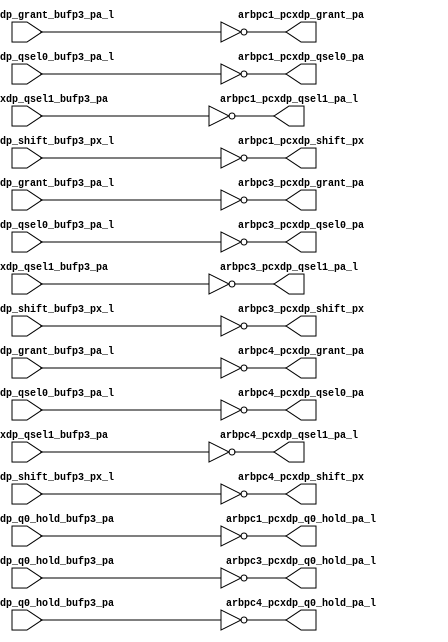
module pcx_buf_pdr_odd(/*AUTOARG*/
   // Outputs
   arbpc1_pcxdp_grant_pa, arbpc1_pcxdp_q0_hold_pa_l, 
   arbpc1_pcxdp_qsel0_pa, arbpc1_pcxdp_qsel1_pa_l, 
   arbpc1_pcxdp_shift_px, arbpc3_pcxdp_grant_pa, 
   arbpc3_pcxdp_q0_hold_pa_l, arbpc3_pcxdp_qsel0_pa, 
   arbpc3_pcxdp_qsel1_pa_l, arbpc3_pcxdp_shift_px, 
   arbpc4_pcxdp_grant_pa, arbpc4_pcxdp_q0_hold_pa_l, 
   arbpc4_pcxdp_qsel0_pa, arbpc4_pcxdp_qsel1_pa_l, 
   arbpc4_pcxdp_shift_px, 
   // Inputs
   arbpc1_pcxdp_grant_bufp3_pa_l, arbpc1_pcxdp_q0_hold_bufp3_pa, 
   arbpc1_pcxdp_qsel0_bufp3_pa_l, arbpc1_pcxdp_qsel1_bufp3_pa, 
   arbpc1_pcxdp_shift_bufp3_px_l, arbpc3_pcxdp_grant_bufp3_pa_l, 
   arbpc3_pcxdp_q0_hold_bufp3_pa, arbpc3_pcxdp_qsel0_bufp3_pa_l, 
   arbpc3_pcxdp_qsel1_bufp3_pa, arbpc3_pcxdp_shift_bufp3_px_l, 
   arbpc4_pcxdp_grant_bufp3_pa_l, arbpc4_pcxdp_q0_hold_bufp3_pa, 
   arbpc4_pcxdp_qsel0_bufp3_pa_l, arbpc4_pcxdp_qsel1_bufp3_pa, 
   arbpc4_pcxdp_shift_bufp3_px_l
   );

   
   output 		arbpc1_pcxdp_grant_pa		;	
   output 		arbpc1_pcxdp_q0_hold_pa_l		;
   output 		arbpc1_pcxdp_qsel0_pa		;	
   output 		arbpc1_pcxdp_qsel1_pa_l		;	
   output 		arbpc1_pcxdp_shift_px		;	

   output 		arbpc3_pcxdp_grant_pa		;	
   output 		arbpc3_pcxdp_q0_hold_pa_l		;
   output 		arbpc3_pcxdp_qsel0_pa		;	
   output 		arbpc3_pcxdp_qsel1_pa_l		;	
   output 		arbpc3_pcxdp_shift_px		;	

   output 		arbpc4_pcxdp_grant_pa		;	
   output 		arbpc4_pcxdp_q0_hold_pa_l		;
   output 		arbpc4_pcxdp_qsel0_pa		;	
   output 		arbpc4_pcxdp_qsel1_pa_l		;	
   output 		arbpc4_pcxdp_shift_px		;	



   input 		arbpc1_pcxdp_grant_bufp3_pa_l;	
   input 		arbpc1_pcxdp_q0_hold_bufp3_pa;
   input 		arbpc1_pcxdp_qsel0_bufp3_pa_l;	
   input 		arbpc1_pcxdp_qsel1_bufp3_pa;	
   input 		arbpc1_pcxdp_shift_bufp3_px_l;	

   input 		arbpc3_pcxdp_grant_bufp3_pa_l;	
   input 		arbpc3_pcxdp_q0_hold_bufp3_pa;
   input 		arbpc3_pcxdp_qsel0_bufp3_pa_l;	
   input 		arbpc3_pcxdp_qsel1_bufp3_pa;	
   input 		arbpc3_pcxdp_shift_bufp3_px_l;	

   input 		arbpc4_pcxdp_grant_bufp3_pa_l;	
   input 		arbpc4_pcxdp_q0_hold_bufp3_pa;
   input 		arbpc4_pcxdp_qsel0_bufp3_pa_l;	
   input 		arbpc4_pcxdp_qsel1_bufp3_pa;	
   input 		arbpc4_pcxdp_shift_bufp3_px_l;	

   

								                                                   
   assign		arbpc1_pcxdp_grant_pa	   =        ~arbpc1_pcxdp_grant_bufp3_pa_l;      	
   assign		arbpc1_pcxdp_q0_hold_pa_l  =        ~arbpc1_pcxdp_q0_hold_bufp3_pa;  
   assign		arbpc1_pcxdp_qsel0_pa	   =        ~arbpc1_pcxdp_qsel0_bufp3_pa_l;      
   assign		arbpc1_pcxdp_qsel1_pa_l	   =        ~arbpc1_pcxdp_qsel1_bufp3_pa;    
   assign		arbpc1_pcxdp_shift_px	   =        ~arbpc1_pcxdp_shift_bufp3_px_l;      
								                                                   
   assign		arbpc3_pcxdp_grant_pa	   =        ~arbpc3_pcxdp_grant_bufp3_pa_l;      	
   assign		arbpc3_pcxdp_q0_hold_pa_l  =        ~arbpc3_pcxdp_q0_hold_bufp3_pa;  
   assign		arbpc3_pcxdp_qsel0_pa	   =        ~arbpc3_pcxdp_qsel0_bufp3_pa_l;      
   assign		arbpc3_pcxdp_qsel1_pa_l	   =        ~arbpc3_pcxdp_qsel1_bufp3_pa;    
   assign		arbpc3_pcxdp_shift_px	   =        ~arbpc3_pcxdp_shift_bufp3_px_l;      
								                                                   
   assign		arbpc4_pcxdp_grant_pa	   =        ~arbpc4_pcxdp_grant_bufp3_pa_l;      	
   assign		arbpc4_pcxdp_q0_hold_pa_l  =        ~arbpc4_pcxdp_q0_hold_bufp3_pa;  
   assign		arbpc4_pcxdp_qsel0_pa	   =        ~arbpc4_pcxdp_qsel0_bufp3_pa_l;      
   assign		arbpc4_pcxdp_qsel1_pa_l	   =        ~arbpc4_pcxdp_qsel1_bufp3_pa;    
   assign		arbpc4_pcxdp_shift_px	   =        ~arbpc4_pcxdp_shift_bufp3_px_l;      
								                                                   


   

endmodule